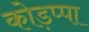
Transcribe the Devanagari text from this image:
कोड़प्पा